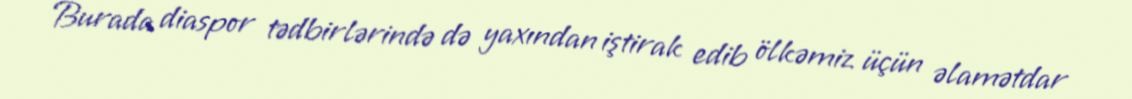
Burada diaspor tədbirlərində də yaxından iştirak edib ölkəmiz üçün əlamətdar